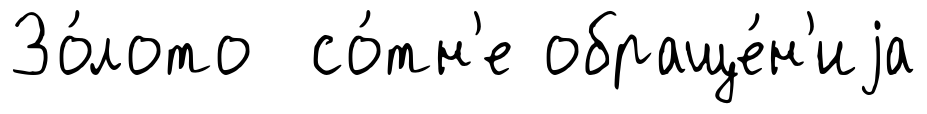
Зо́лото со́тн'е обраще́н'иjа